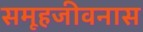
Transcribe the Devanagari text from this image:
समूहजीवनास